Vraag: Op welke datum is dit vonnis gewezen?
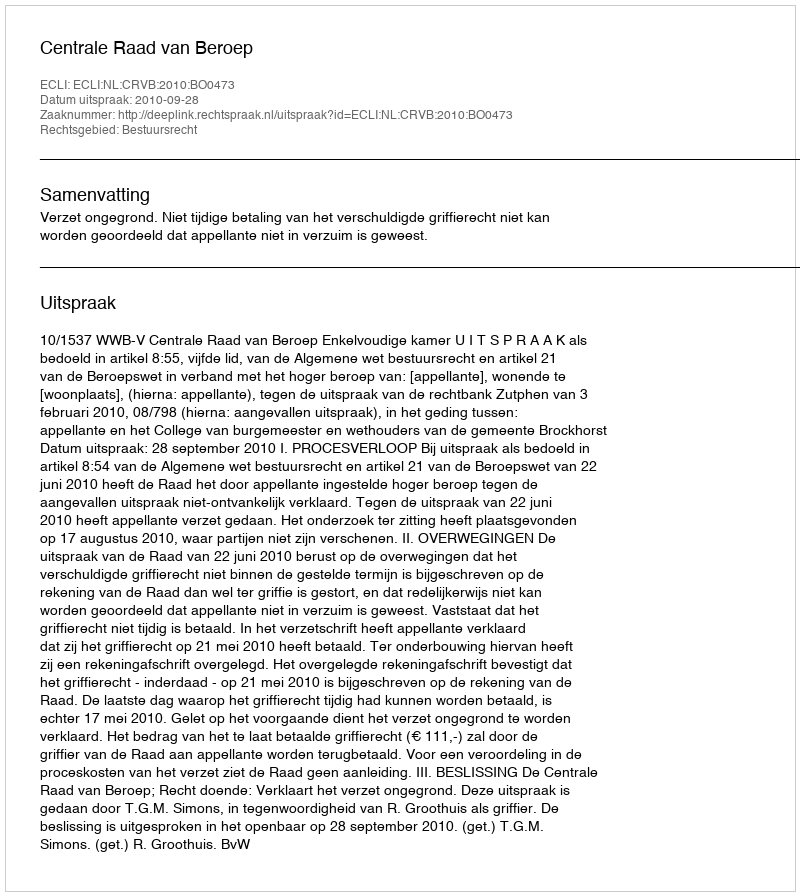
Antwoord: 2010-09-28